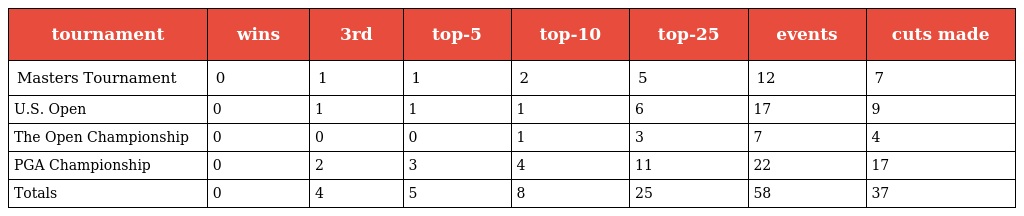
| tournament | wins | 3rd | top-5 | top-10 | top-25 | events | cuts made |
 | --- | --- | --- | --- | --- | --- | --- | --- |
 | Masters Tournament | 0 | 1 | 1 | 2 | 5 | 12 | 7 |
 | U.S. Open | 0 | 1 | 1 | 1 | 6 | 17 | 9 |
 | The Open Championship | 0 | 0 | 0 | 1 | 3 | 7 | 4 |
 | PGA Championship | 0 | 2 | 3 | 4 | 11 | 22 | 17 |
 | Totals | 0 | 4 | 5 | 8 | 25 | 58 | 37 |